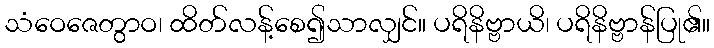
သံဝေဇေတွာဝ၊ ထိတ်လန့်စေ၍သာလျှင်။ ပရိနိဗ္ဗာယိ၊ ပရိနိဗ္ဗာန်ပြု၏။